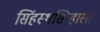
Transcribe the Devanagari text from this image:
सिंहस्थसिन्हास्त